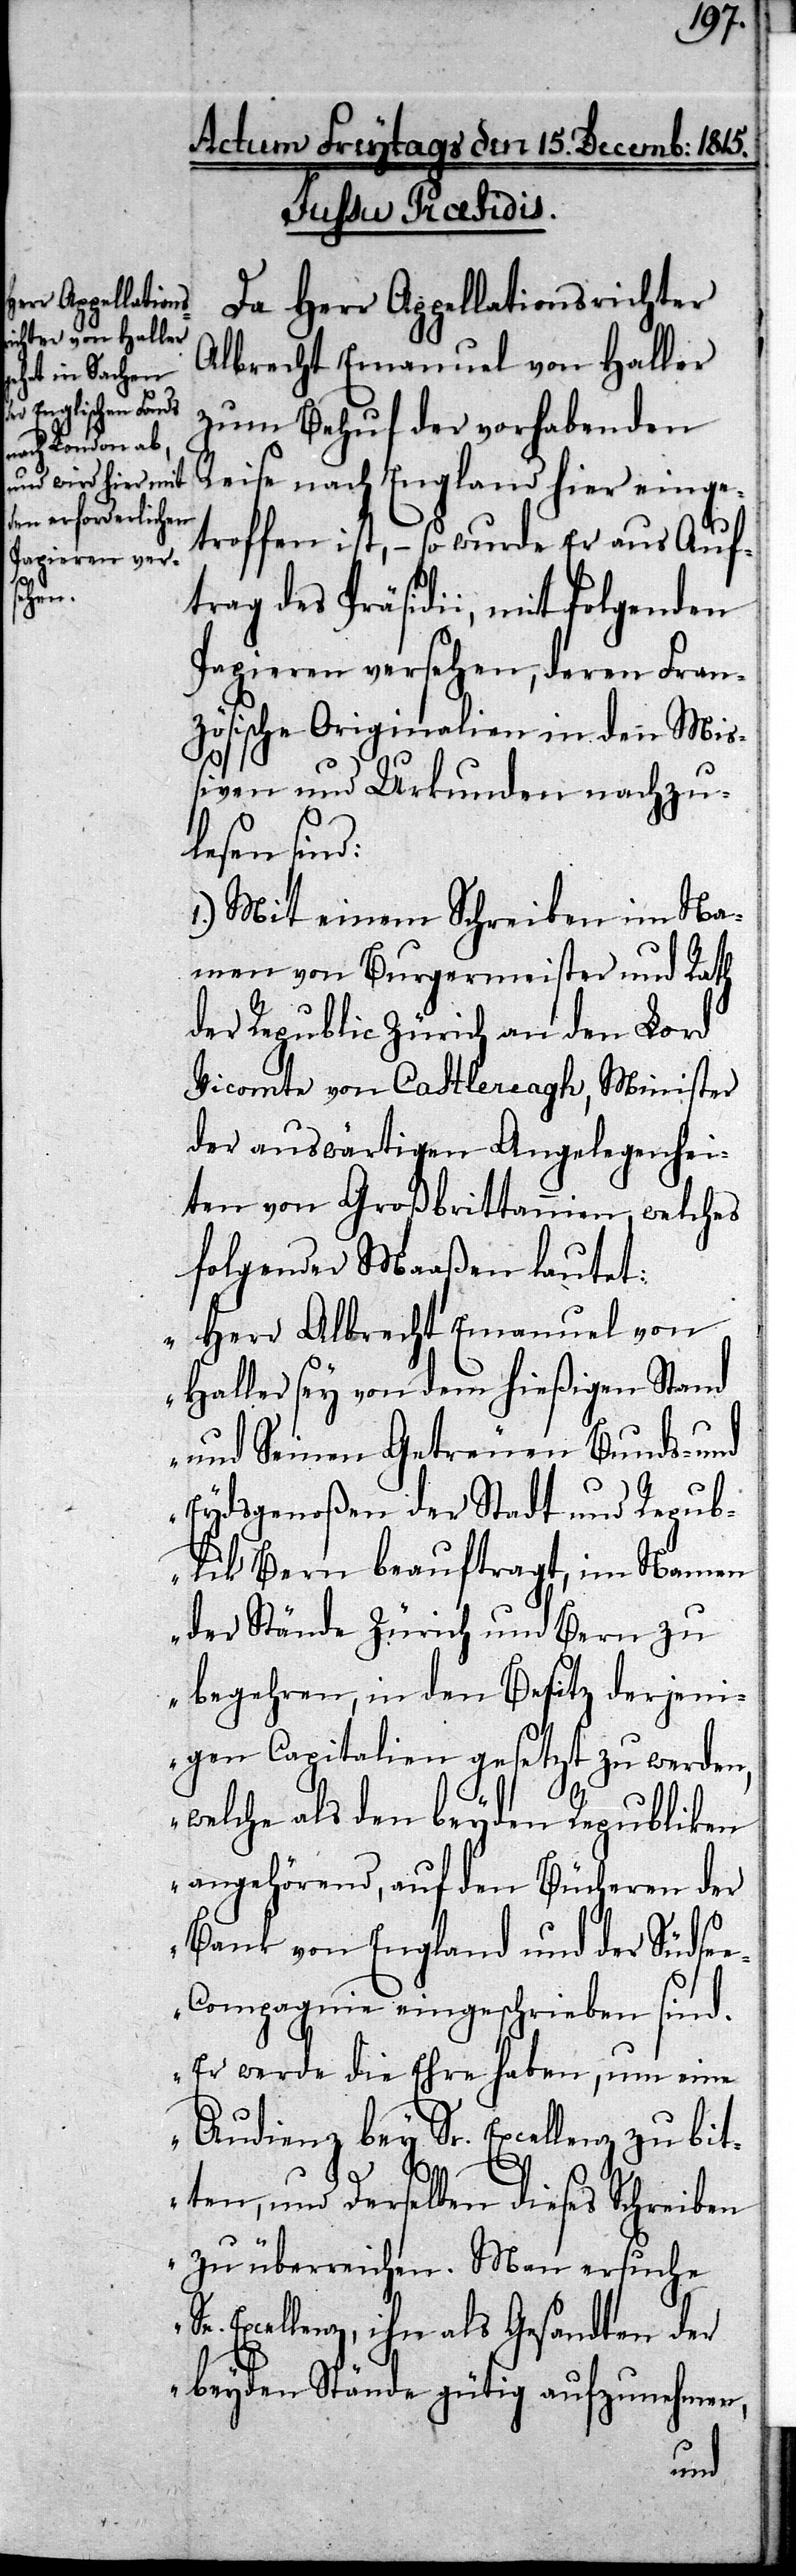
Da Herr Appellationsrichter
Albrecht Emanuel von Haller
zum Behuf der vorhabenden
Reise nach England hier einge¬
troffen ist, – so wurde Er aus Auf¬
trag des Präsidii, mit folgenden
Papieren versehen, deren Fran¬
zösische Originalien in den Mi¬
ßiven und Urkunden nachzu¬
lesen sind:
1.) Mit einem Schreiben im Na¬
men von Burgermeister und Rath
der Republic Zürich an den Lord
Vicomte von Castlereagh, Minister
der auswärtigen Angelegenhei¬
ten von Großbrittannien, welches
folgender Maaßen lautet:
„Herr Albrecht Emanuel von
Haller sey von dem hießigen Stand
und Seinen Getreuen Bunds- und
Eydsgenoßen der Stadt und Repub¬
lik Bern beauftragt, im Namen
der Stände Zürich und Bern zu
begehren, in den Besitz derjeni¬
gen Capitalien gesetzt zu werden,
welche als den beyden Republiken
angehörend, auf den Bücheren der
Bank von England und der Südse¬
e-Compagnie eingeschrieben sind.
Er werde die Ehre haben, um eine
Audienz bey Sr. Excellenz zu bit¬
ten, und derselben dieses Schreiben
zu überreichen. Man ersuche
Se. Excellenz, ihn als Gesandten der
beyden Stände gütig aufzunehmen,